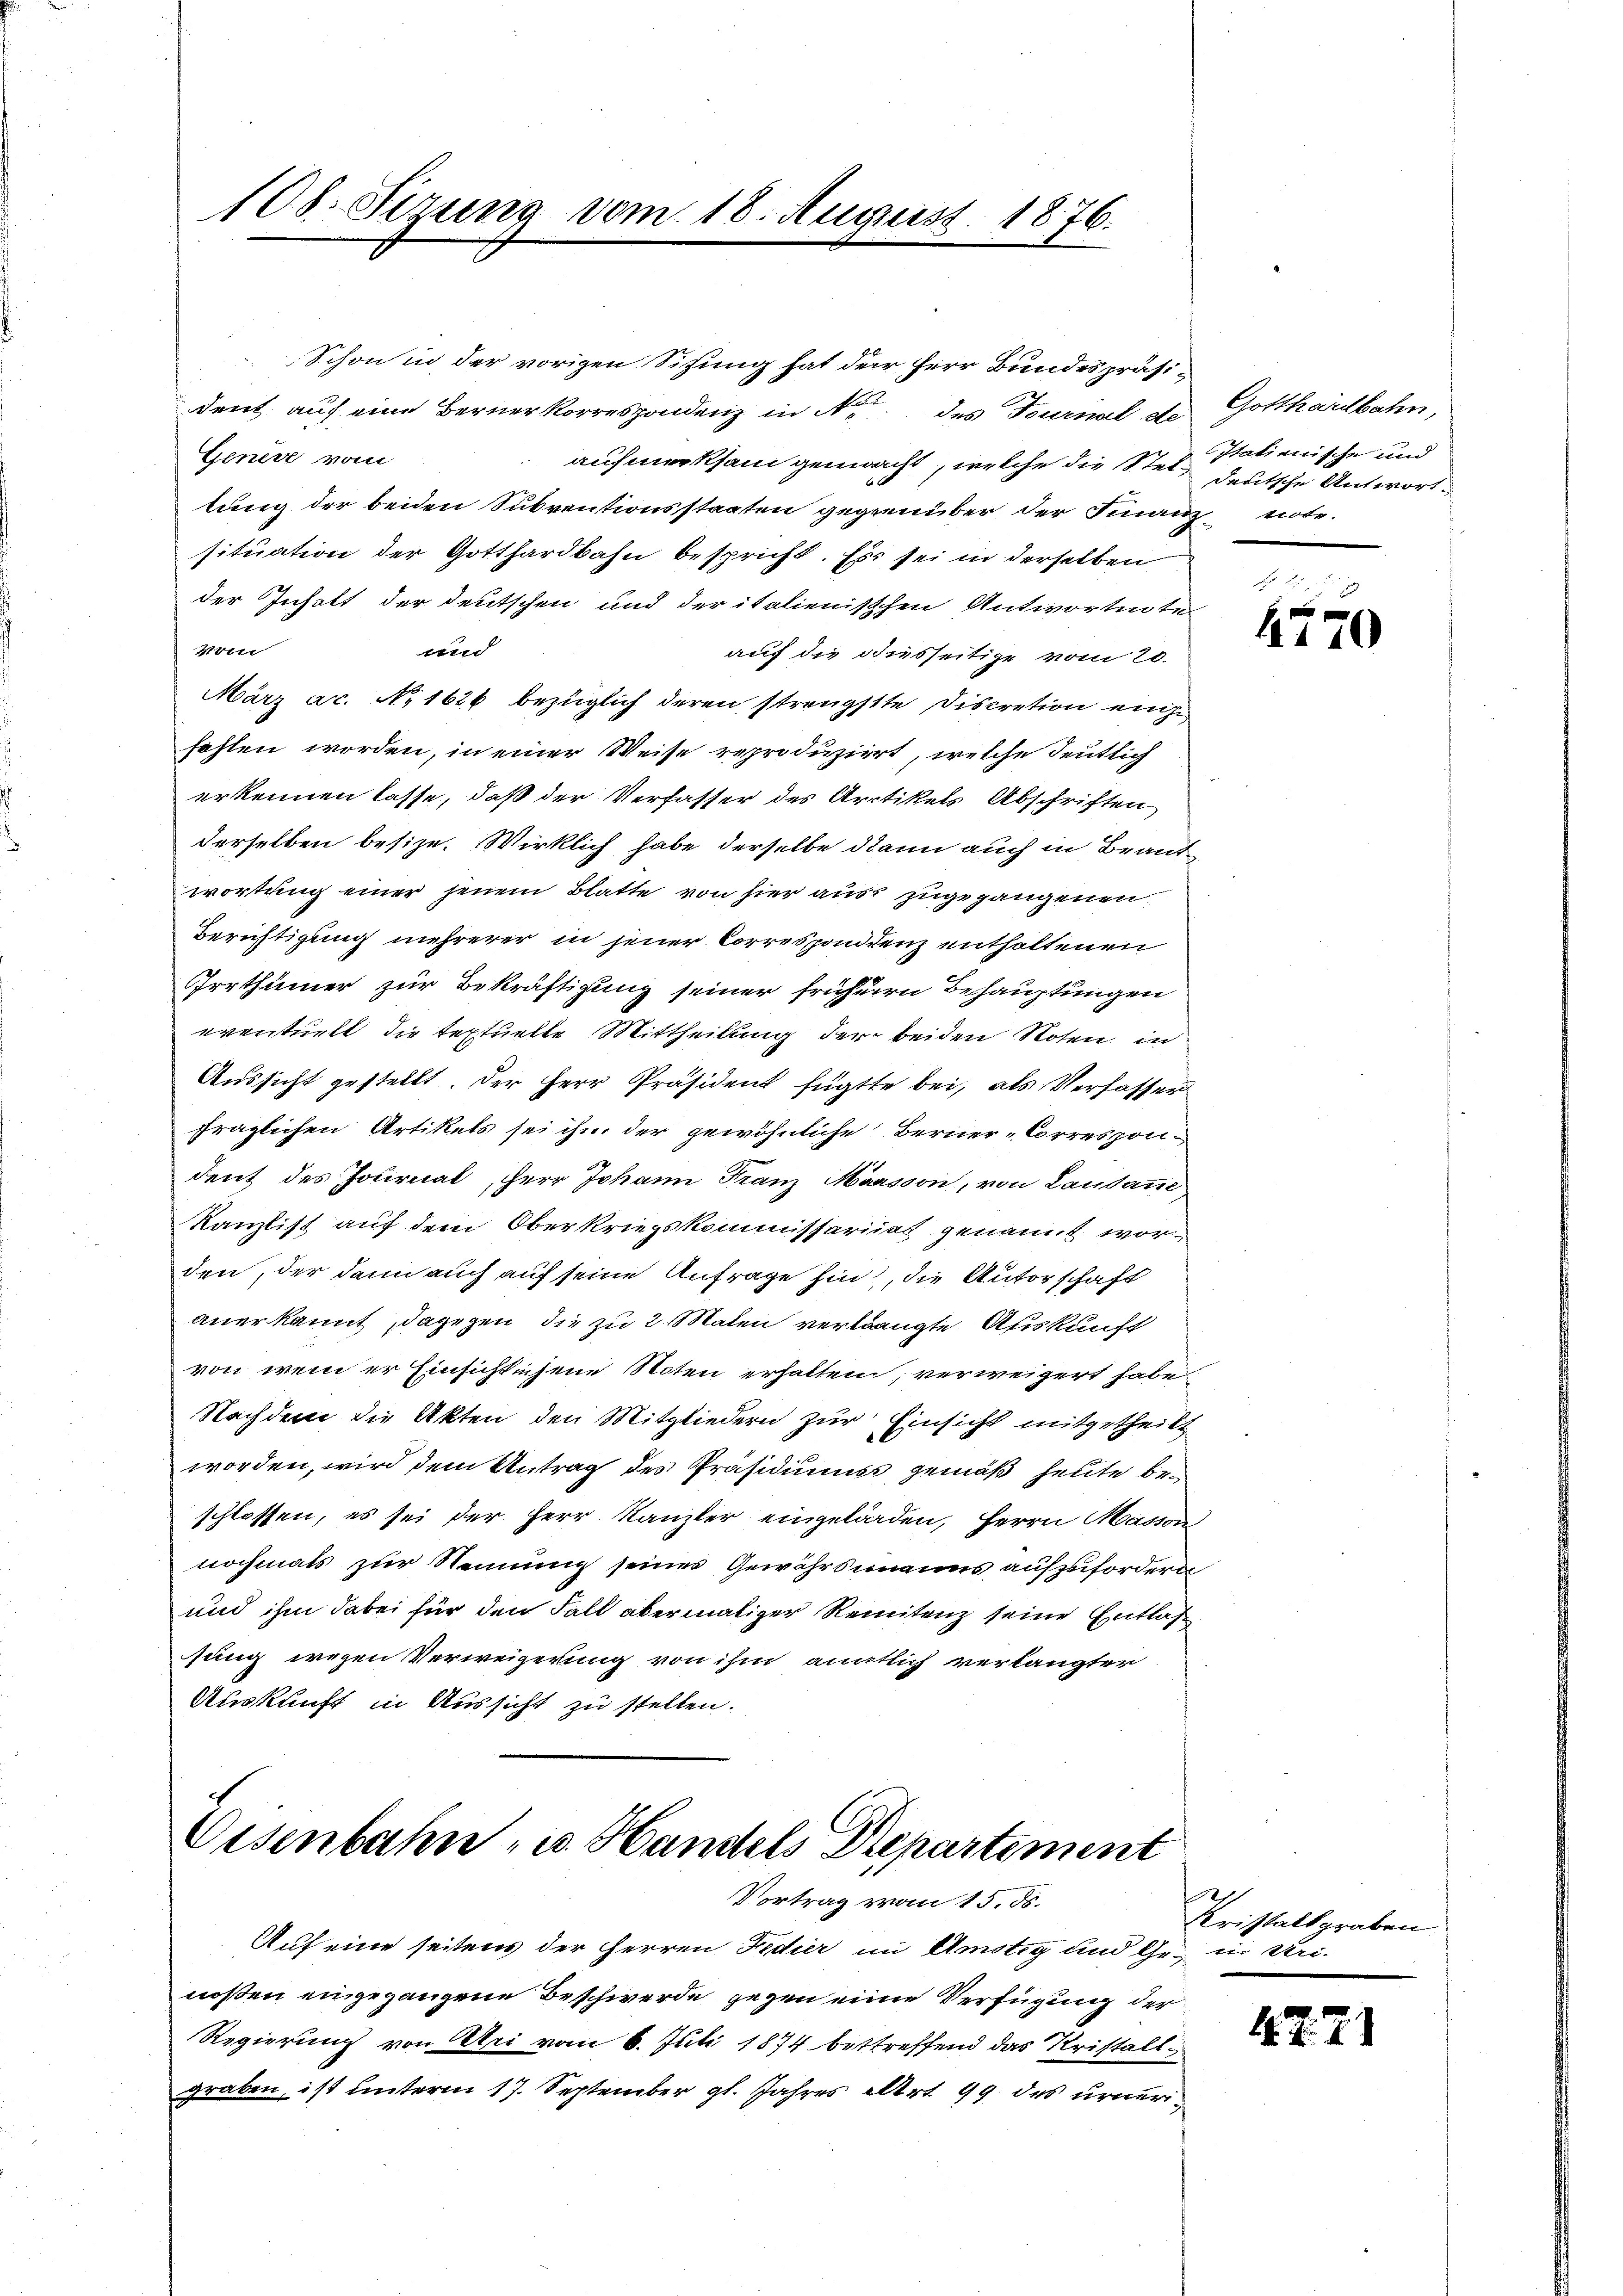
108. Sirung vom 18. August 1876.

dent auf eine Berner Korrespondenz in de des Turnal de Gotthardbahn,
Generz vom
aufmerksam gemacht, welche die Ster Stationische und
tung der beiden Subventionsstaaten gegenüber der Finanz note.
situation der Gotthardbahn bespricht. Es sei in derselben
der Inhalt der deutschen und der italienisschen Antwortete
Weie
und
auf die diesseitige vom 20.
März ac. No 1626 bezüglich deren strengstte Discretion eine
fahlen worden, in einer Weise reproduziert, welche deutlich
erkennen lasse, daß der Verfasser des Artikels Abschriften
derselben besize. Wirklich habe derselbe dann auch in Beant
wortung einer jenem Blatte von hier aus zugegangenen
Berichtigung mehrerer in jener Corresponddenz enthaltenen
Irrthümer zur Bekräftigung seiner früheren Behauptungen
eventuelt, die textuelle Mittheilung der beiden Roten, in
Aussicht gestellt. Der Herr Präsident fügte bei, als Verfasser
fraglichen Artikets sei ihm der gewöhnliche Berner-Correspondent des Journal, Herr Johann Franz Marsson, von Lausanne,
Kanzlist auf dem Oberkriegskommissariat genannt worden, der dann auch auf seine Anfrage hin, die Autorschaft
anerkannt dagegen, die zu 2 Malen verlangte Auskunft
von wem er Einsichtechene Noten erhalten; verweigert habe,
Nachdem die Akten den Mitgliedern zur Einsicht mitgetheilt
worden, wird dem Antrag des Präsidiums gemäß heute beschlossen, es sei der Herr Kanzler eingeladen, Herrn Masion
nochmals zur Nennung seines Gewährsmanns aufzufordern
und ihm dabei für den Fall abermaliger Reinitenz seine Entlaß
sung wegen Verweigerung von ihm anatlich verlangter
Auskunft in Aussicht zu stellen.

Schon in der vorigen Sitzung hat der Herr Bundespräs.

Eisenbahn- u. Handels Departement
Vortrag von 15. ds.

Auf eine seitens der Herren Fedier im Anstig und Ge- in Urinoßen eingegangene Beschwerde gegen eine Verfügung der
Regierung von Uri vom 6. Juli 1874 bestreffend das Kristallgraben, ist unterm 17. September gl. Jahres Art. 99 des urneri¬

deutsche Antwort.

4770

Kristaltgraben

4 Z. 21